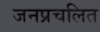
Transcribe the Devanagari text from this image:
जनप्रचलित